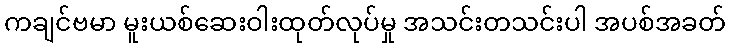
ကချင်ဗမာ မူးယစ်ဆေးဝါးထုတ်လုပ်မှု အသင်းတသင်းပါ အပစ်အခတ်